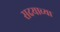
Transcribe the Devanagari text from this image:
सदयाच्या